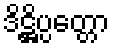
ဒိဋ္ဌိပ္ပတ္တော